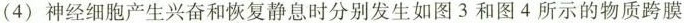
(4) 神经细胞产生兴奋和恢复静息时分别发生如图 3 和图 4 所示的物质跨膜